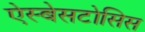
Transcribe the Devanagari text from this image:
ऐस्बेसटोसिस